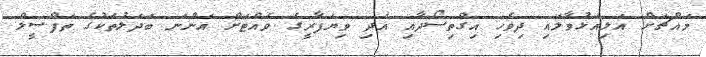
މައްޗަށް އަލިއަޅުވާލައި ދިވެހި އިގްތިސޯދާއި އަދި ވިޔަފާރީގެ ވެއްޓަށް އަންނަ ބަދަލުތަކުގެ ތަފްސީލް